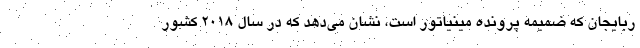
ربایجان که ضمیمه پرونده مینیاتور است، نشان می‌دهد که در سال ۲۰۱۸ کشور